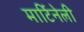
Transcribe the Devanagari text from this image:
मार्टिनेली